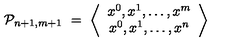
{ \cal P } _ { n + 1 , m + 1 } \ = \ \left\langle \begin{array} { c } { x ^ { 0 } , x ^ { 1 } , \dots , x ^ { m } } \\ { x ^ { 0 } , x ^ { 1 } , \dots , x ^ { n } } \\ \end{array} \right\rangle